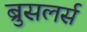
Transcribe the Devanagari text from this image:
ब्रुसलर्स